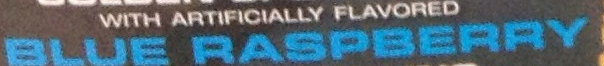
BLUE RASPBERRY